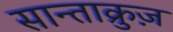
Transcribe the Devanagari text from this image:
सान्ताक्रुज़